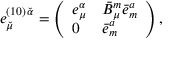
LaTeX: e _ { \breve { \mu } } ^ { ( 1 0 ) \, \breve { \alpha } } = \left( \begin{array} { l l } { { e _ { \mu } ^ { \alpha } } } & { { \bar { B } _ { \mu } ^ { m } \bar { e } _ { m } ^ { a } } } \\ { { 0 } } & { { \bar { e } _ { m } ^ { a } } } \end{array} \right) ,